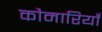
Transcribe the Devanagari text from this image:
कौमारियाँ